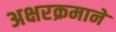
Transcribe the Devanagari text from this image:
अक्षरक्रमाने